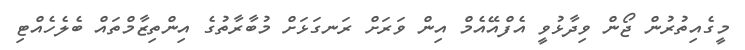
މީގެއިތުރުން ޖޯން ވިދާޅުވީ އެފްއޭއެމް އިން ވަރަށް ރަނގަޅަށް މުބާރާތުގެ އިންތިޒާމްތައް ބެލެހެއްޓި